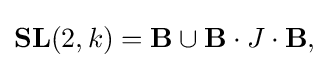
\displaystyle {\mathbf {SL} (2,k)=\mathbf {B} \cup \mathbf {B} \cdot J\cdot \mathbf {B} ,}